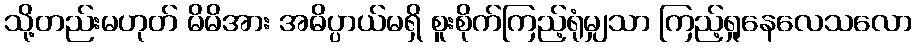
သို့တည်းမဟုတ် မိမိအား အဓိပ္ပာယ်မရှိ စူးစိုက်ကြည့်ရုံမျှသာ ကြည့်ရှုနေလေသလော